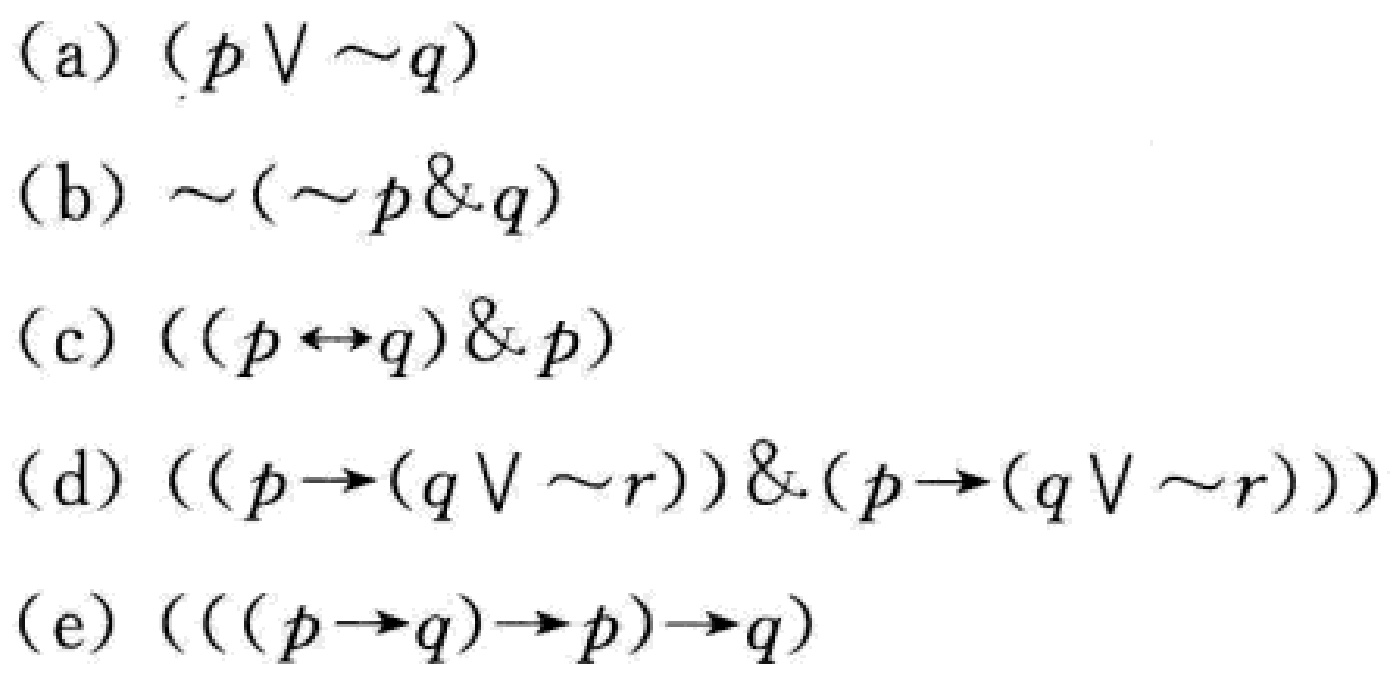
(a) $(p\vee\sim q)$
(b) $\sim(\sim p\& q)$
(c) $((p\leftrightarrow q)\& p)$
(d) $((p\rightarrow(q\vee\sim r))\&(p\rightarrow(q\vee\sim r)))$
(e) $(( (p\rightarrow q)\rightarrow p)\rightarrow q)$